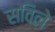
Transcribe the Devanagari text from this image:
सविले